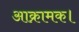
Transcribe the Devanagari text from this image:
आक्रामक।